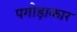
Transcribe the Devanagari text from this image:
पगोड़ाकार